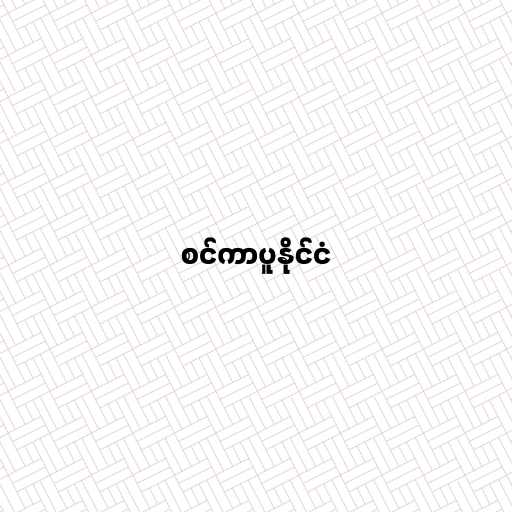
စင်ကာပူနိုင်ငံ